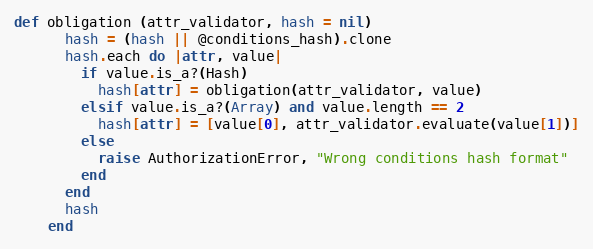
Language: Ruby
def obligation (attr_validator, hash = nil)
      hash = (hash || @conditions_hash).clone
      hash.each do |attr, value|
        if value.is_a?(Hash)
          hash[attr] = obligation(attr_validator, value)
        elsif value.is_a?(Array) and value.length == 2
          hash[attr] = [value[0], attr_validator.evaluate(value[1])]
        else
          raise AuthorizationError, "Wrong conditions hash format"
        end
      end
      hash
    end